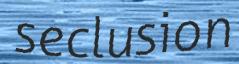
seclusion